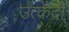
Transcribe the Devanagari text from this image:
उत्केंद्री